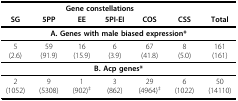
<table><thead><tr><td colspan="6"><b>Gene constellations</b></td><td></td></tr><tr><td><b>SG</b></td><td><b>5PP</b></td><td><b>EE</b></td><td><b>5PI-EI</b></td><td><b>COS</b></td><td><b>CSS</b></td><td><b>Total</b></td></tr></thead><tbody><tr><td colspan="7"><b>A. Genes with male biased expression*</b></td></tr><tr><td>5(2.6)</td><td>59(91.9)</td><td>16(15.9)</td><td>6(3.9)</td><td>67(41.8)</td><td>8(5.0)</td><td>161(161)</td></tr><tr><td colspan="7"><b>B. Acp genes*</b></td></tr><tr><td>2(1052)</td><td>9(5308)</td><td>1(902)<sup>‡</sup></td><td>3(862)</td><td>29(4964)<sup>‡</sup></td><td>6(1022)</td><td>50(14110)</td></tr></tbody></table>